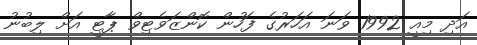
އަދި މިއީ 1992 ވަނަ އަހަރުގެ ފަހުން ކޮންޒަވެޓިވް ޕާޓީ އަށް ލިބުނު